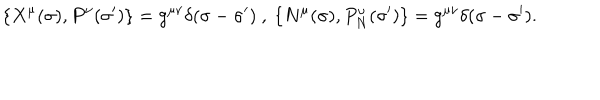
\{ X ^ { \mu } ( \sigma ) , P ^ { \nu } ( \sigma ^ { \prime } ) \} = g ^ { \mu \nu } \delta ( \sigma - \sigma ^ { \prime } ) ~ , ~ \{ N ^ { \mu } ( \sigma ) , P _ { N } ^ { \nu } ( \sigma ^ { \prime } ) \} = g ^ { \mu \nu } \delta ( \sigma - \sigma ^ { \prime } ) .